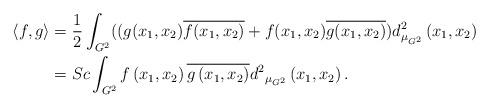
LaTeX: \begin{align*}\langle f,g\rangle &= \frac{1}{2}\int_{G^2}((g(x_1,x_2)\overline{f(x_1,x_2)}+f(x_1,x_2)\overline{g(x_1,x_2)})d^2_{{\mu }_{G^2}}\left(x_1,x_2\right)\\&=Sc\int_{G^2} f\left(x_1,x_2\right)\overline{g\left(x_1,x_2\right)}{d^2}_{{\mu }_{G^2}}\left(x_1,x_2\right).\end{align*}